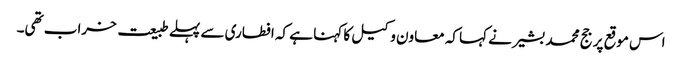
اس موقع پر جج محمد بشیر نے کہا کہ معاون وکیل کا کہنا ہے کہ افطاری سے پہلے طبیعت خراب تھی۔